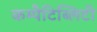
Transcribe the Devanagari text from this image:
कम्पैटिब्लिटी